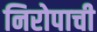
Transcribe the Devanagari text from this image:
निरोपाची